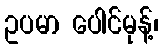
ဥပမာ ပေါင်မုန့်၊